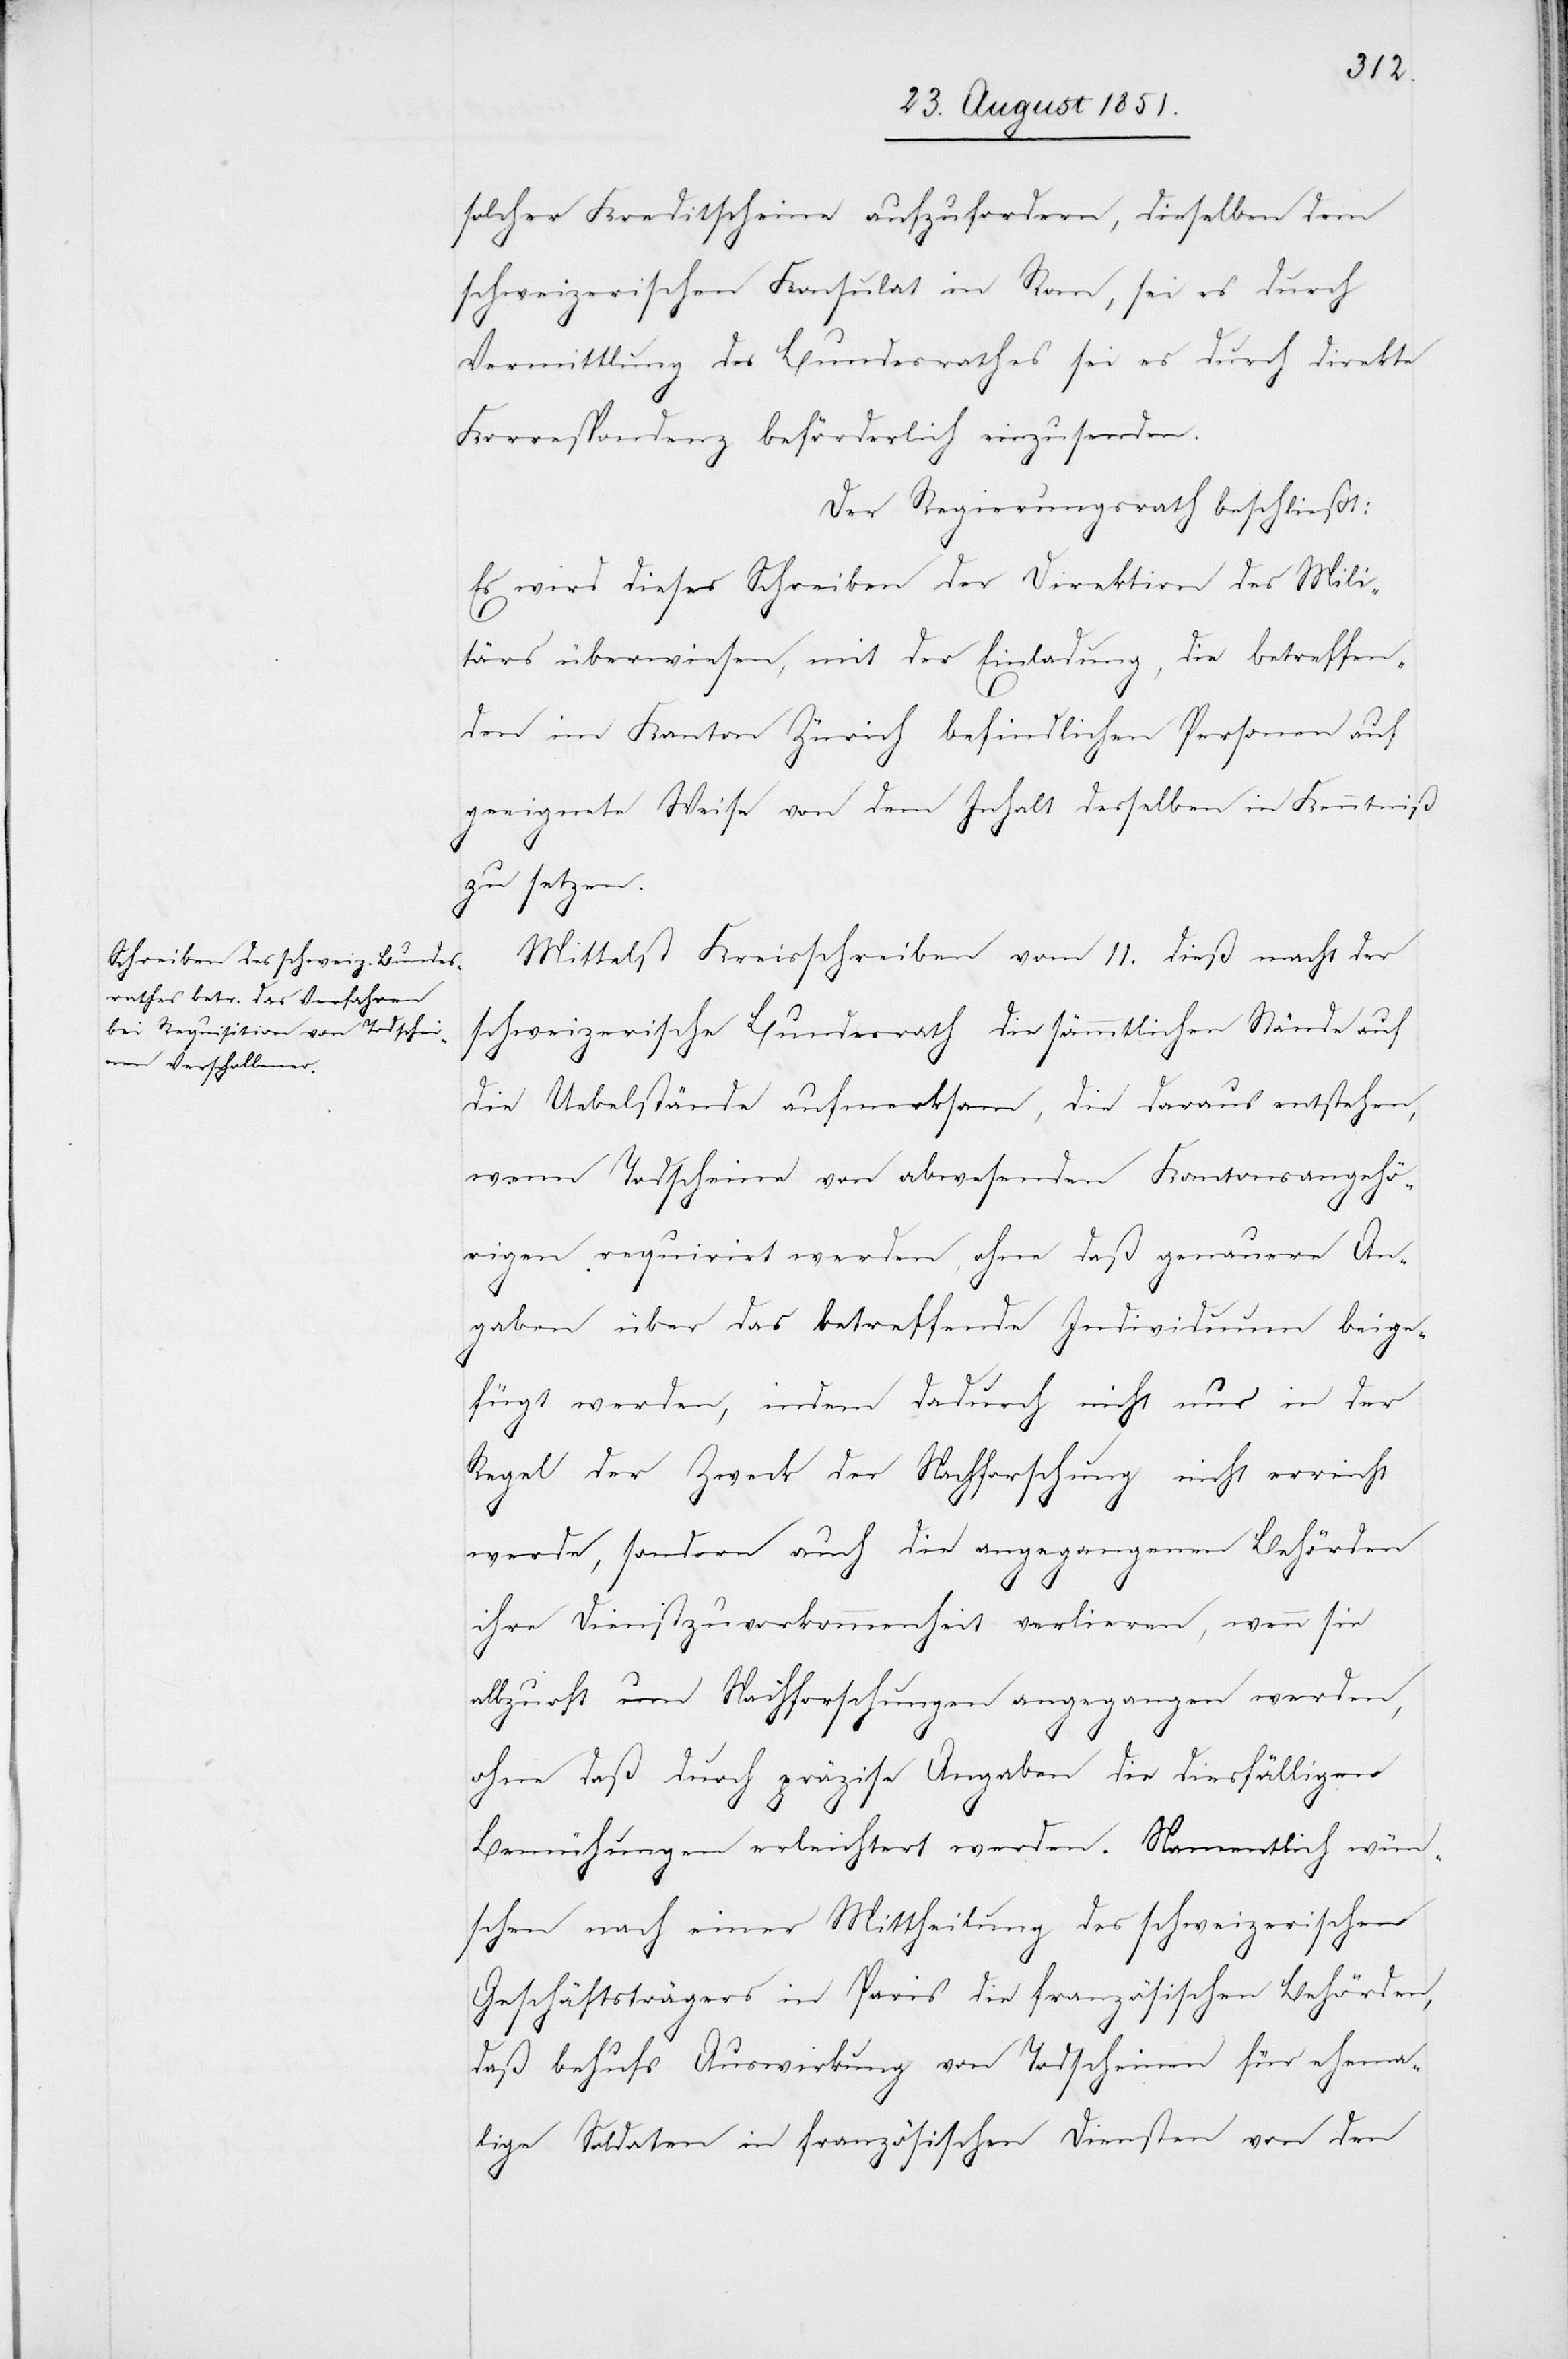
solcher Kreditscheine aufzufordern, dieselben dem
schweizerischen Konsulat in Rom, sei es durch
Vermittlung des Bundesrathes sei es durch direkte
Korrespondenz beförderlich einzusenden.
Der Regierungsrath beschließt:
Es wird dieses Schreiben der Direktion des Mili¬
tärs überwiesen, mit der Einladung, die betreffen¬
den im Kanton Zürich befindlichen Personen auf
geeignete Weise von dem Inhalt desselben in Kenntniß
zu setzen.
Mittelst Kreisschreiben vom 11. dieß macht der
schweizerische Bundesrath die sämmtlichen Stände auf
die Uebelstände aufmerksam, die daraus entstehen,
wenn Todscheine von abwesenden Kantonsangehö¬
rigen requirirt werden, ohne daß genauere An¬
gaben über das betreffende Individuum beige¬
fügt werden, indem dadurch nicht nur in der
Regel der Zweck der Nachforschung nicht erreicht
werde, sondern auch die angegangenen Behörden
ihre Dienstzuvorkommenheit verlieren, wenn sie
allzuoft um Nachforschungen angegangen werden,
ohne daß durch präzise Angaben die diesfälligen
Bemühungen erleichtert werden. Namentlich wün¬
schen nach einer Mittheilung des schweizerischen
Geschäftsträgers in Paris die französischen Behörden,
daß behufs Auswirkung von Todscheinen für ehema¬
lige Soldaten in französischen Diensten von den